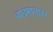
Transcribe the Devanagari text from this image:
चांद्रमासावर